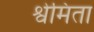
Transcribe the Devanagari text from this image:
श्वेमिता